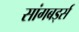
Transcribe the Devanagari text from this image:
सांगबर्ड्स